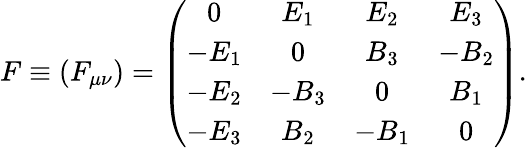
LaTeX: F\equiv(F_{\mu\nu})=\left(\begin{array}{cccc}{{0}}&{{E_{1}}}&{{E_{2}}}&{{E_{3}}}\\ {{-E_{1}}}&{{0}}&{{B_{3}}}&{{-B_{2}}}\\ {{-E_{2}}}&{{-B_{3}}}&{{0}}&{{B_{1}}}\\ {{-E_{3}}}&{{B_{2}}}&{{-B_{1}}}&{{0}}\end{array}\right).